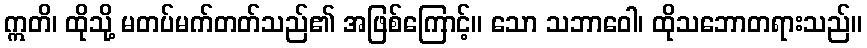
ဣတိ၊ ထိုသို့ မတပ်မက်တတ်သည်၏ အဖြစ်ကြောင့်။ သော သဘာဝေါ၊ ထိုသဘောတရားသည်။